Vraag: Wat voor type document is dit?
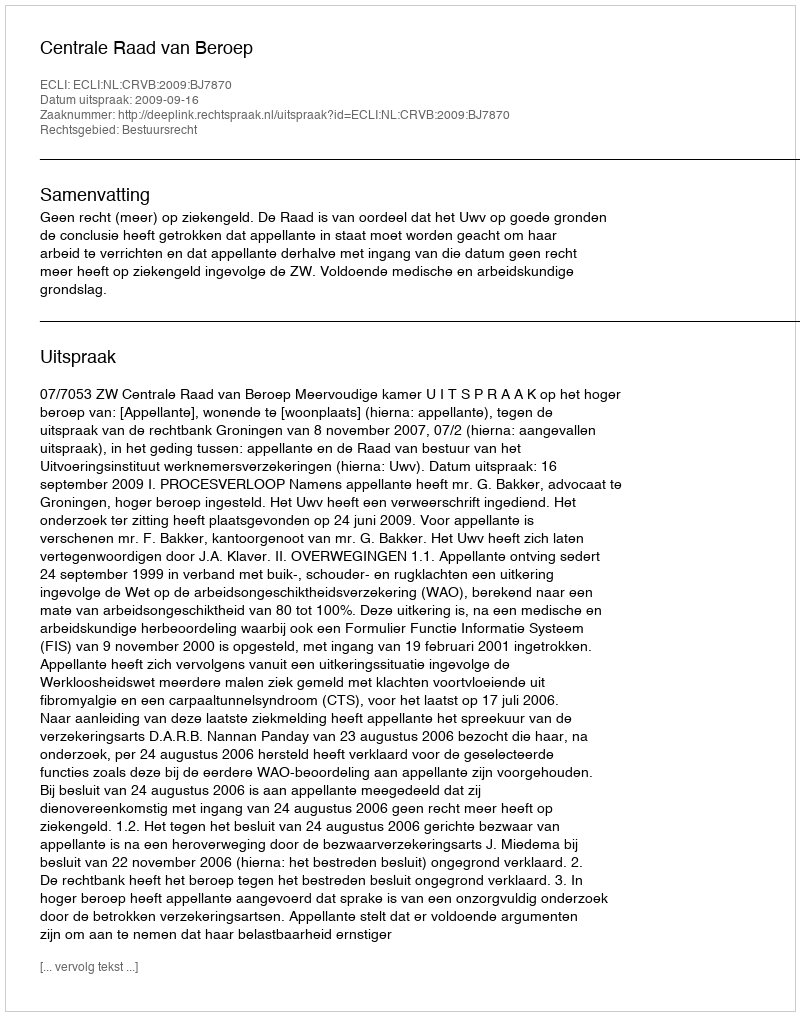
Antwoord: Uitspraak